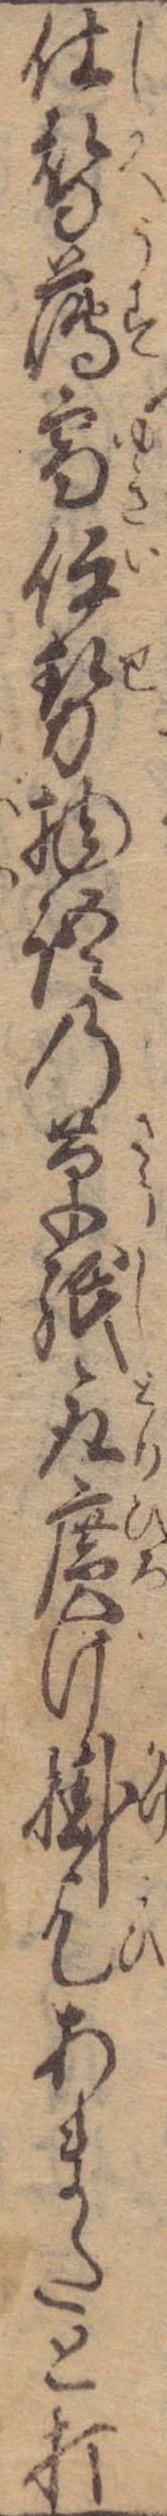
仕替薄雪伊勢物語の草紙取広げ掛乞あまたと打